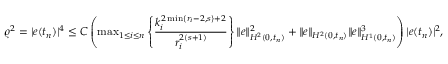
\begin{array} { r } { { \varrho } ^ { 2 } = | e ( t _ { n } ) | ^ { 4 } \leq C \left( \operatorname* { m a x } _ { 1 \leq i \leq n } \left\{ \displaystyle \frac { k _ { i } ^ { 2 \operatorname* { m i n } \{ r _ { i } - 2 , s \} + 2 } } { r _ { i } ^ { 2 ( s + 1 ) } } \right\} \| e \| _ { H ^ { 2 } ( 0 , t _ { n } ) } ^ { 2 } + \| e \| _ { H ^ { 2 } ( 0 , t _ { n } ) } \| e \| _ { H ^ { 1 } ( 0 , t _ { n } ) } ^ { 3 } \right) | e ( t _ { n } ) | ^ { 2 } , } \end{array}